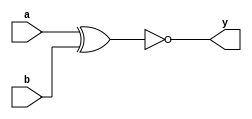
module xnor_dataflow(a,b,y);
input a,b;
output y;

assign y=~(a^b);

endmodule